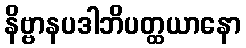
နိဗ္ဗာနပဒါဘိပတ္ထယာနော